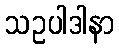
သဥပါဒါနာ